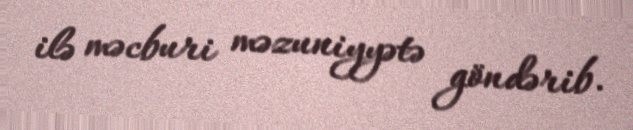
ilə məcburi məzuniyyətə göndərib.